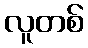
လူတစ်